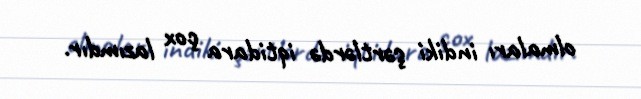
olmaları indiki şərtlərdə iqtidara çox lazımdır.